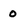
Character: 0